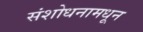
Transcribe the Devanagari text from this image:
संशोधनामधून